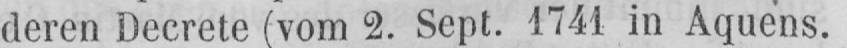
deren Decrete (vom 2. Sept. 1741 in Aquens.